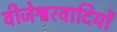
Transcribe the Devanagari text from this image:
वीजेश्वरवादियों